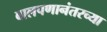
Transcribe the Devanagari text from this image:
बालपणानंतरच्या